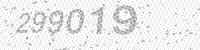
Solution: 299019